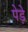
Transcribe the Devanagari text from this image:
पेड़े